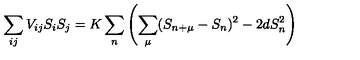
\sum _ { i j } V _ { i j } S _ { i } S _ { j } = K \sum _ { n } \left( \sum _ { \mu } ( S _ { n + \mu } - S _ { n } ) ^ { 2 } - 2 d S _ { n } ^ { 2 } \right)